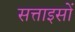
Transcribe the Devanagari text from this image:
सत्ताइसों